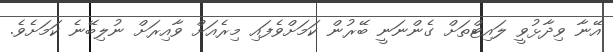
އޭނާ ވިދާޅުވީ ލައިޓްތަށް ގެންނަނީ ބޭރުން ކަމަށްވެފައި މިރެއަށް ވާއިރަށް ނުލިބޭނެ ކަމަށެވެ.